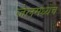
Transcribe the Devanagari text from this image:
जेलमध्येच